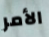
الأمر